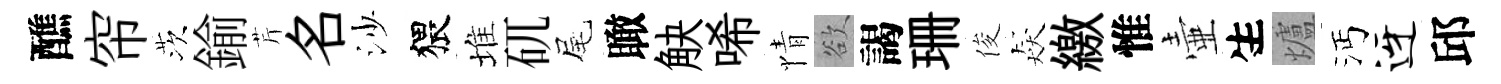
醮帘茨鍮芹名沙猥堆矹尾瞰觖唏情欲謁珊俊猋繳惟壷生爐沔迓邱